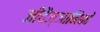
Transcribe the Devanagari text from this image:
जीवैज्ञानिकों